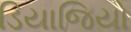
ડિયાજિયો